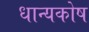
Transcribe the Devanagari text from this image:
धान्यकोष